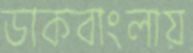
ডাকবাংলায়